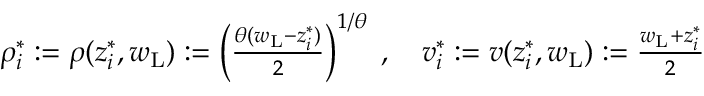
\begin{array} { r } { \rho _ { i } ^ { * } : = \rho ( z _ { i } ^ { * } , w _ { \mathrm { L } } ) : = \left( \frac { \theta ( w _ { \mathrm { L } } - z _ { i } ^ { * } ) } 2 \right) ^ { 1 / \theta } \; , \quad { v } _ { i } ^ { * } : = { v } ( z _ { i } ^ { * } , w _ { \mathrm { L } } ) : = \frac { w _ { \mathrm { L } } + z _ { i } ^ { * } } 2 } \end{array}